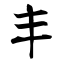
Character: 丰